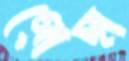
গোছা